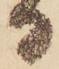
る